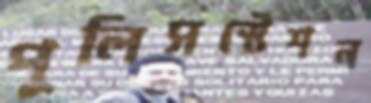
পুলিসস্টেশন